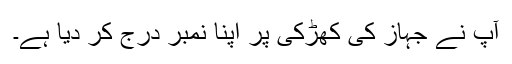
آپ نے جہاز کی کھڑکی پر اپنا نمبر درج کر دیا ہے۔